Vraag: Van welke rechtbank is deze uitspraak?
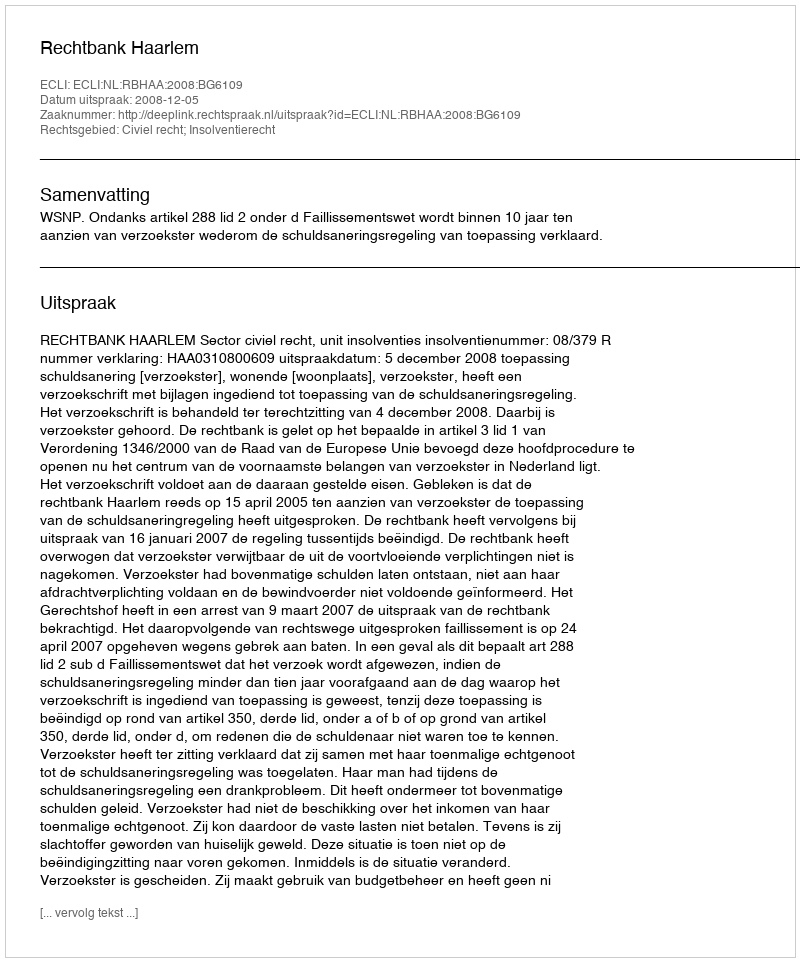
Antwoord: Rechtbank Haarlem